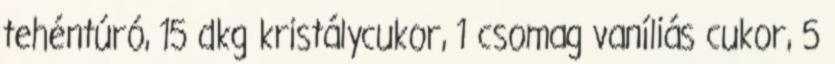
tehéntúró, 15 dkg kristálycukor, 1 csomag vaníliás cukor, 5